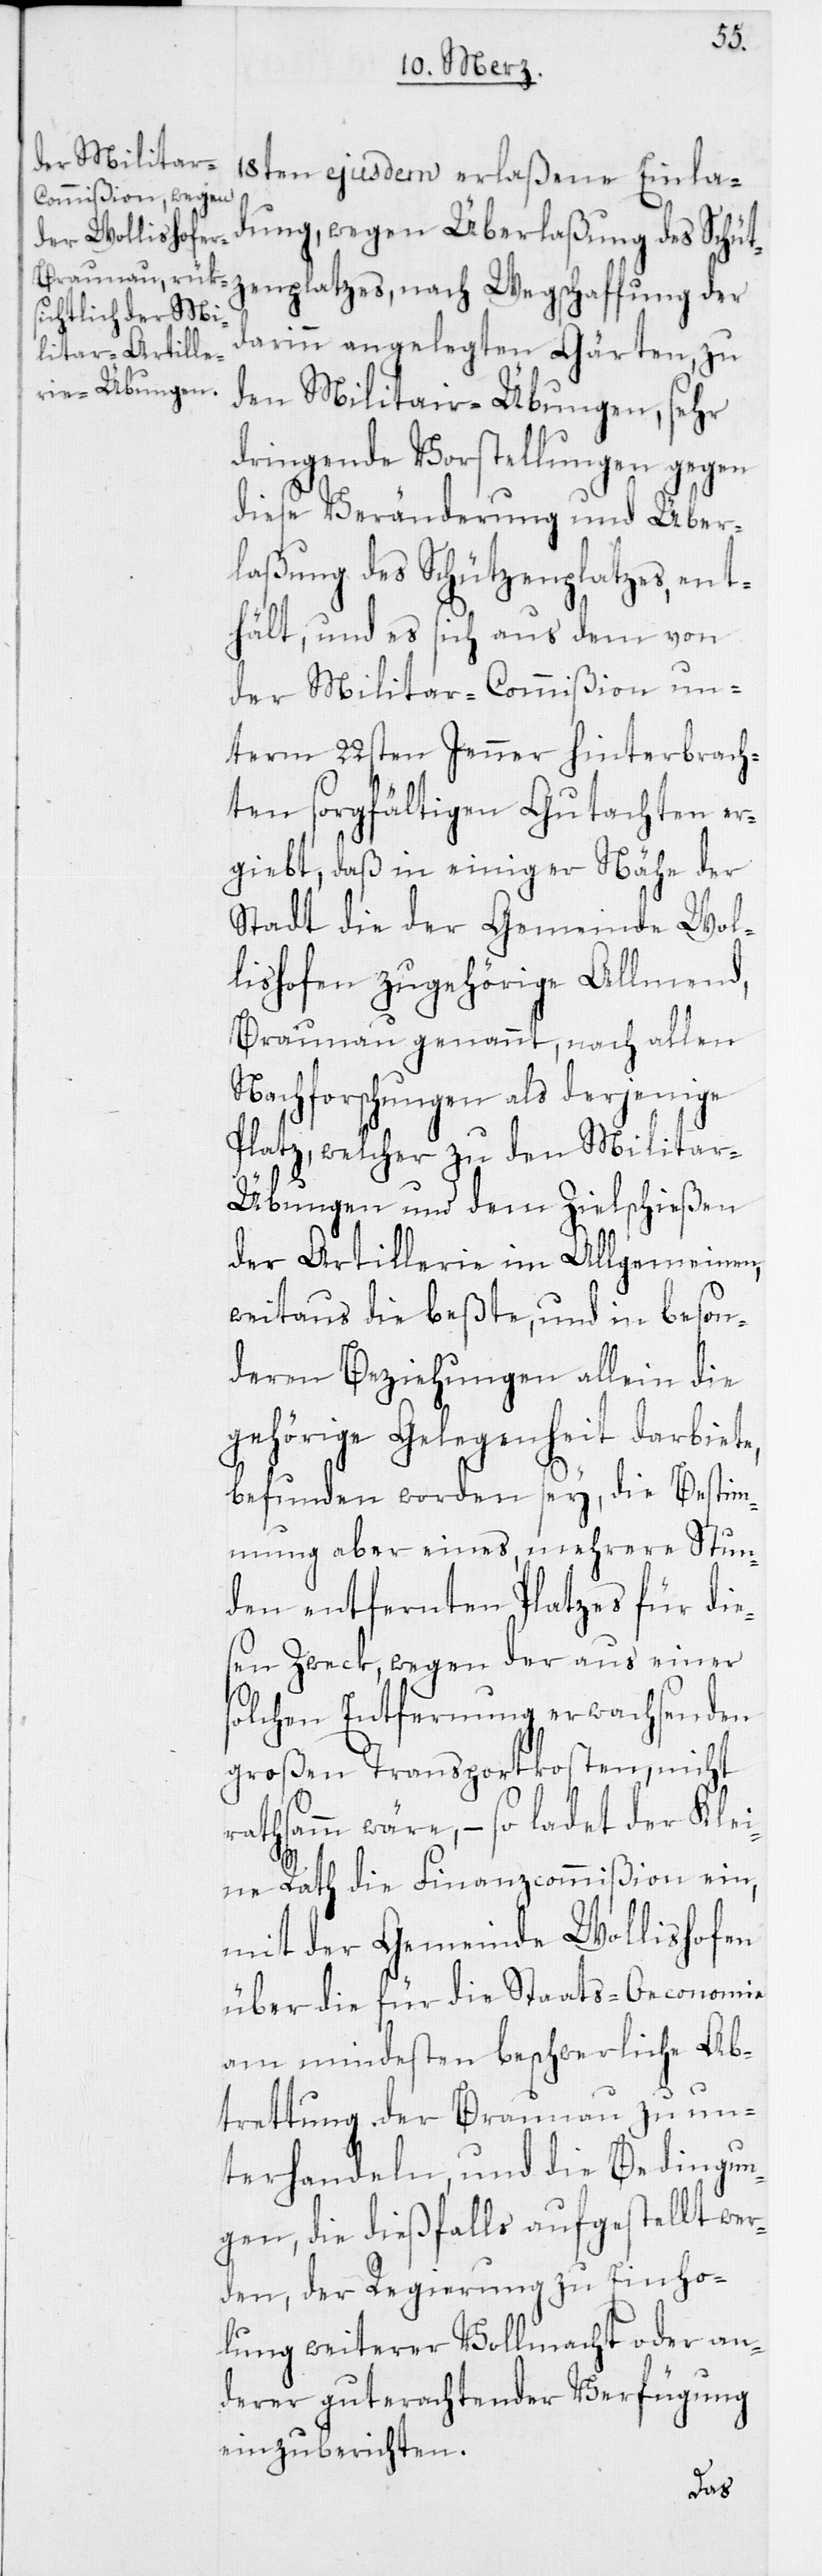
18ten ejusdem erlaßene Einla¬
dung, wegen Überlaßung des Schüt¬
zenplatzes, nach Wegschaffung der
darinn angelegten Gärten, zu
den Militair-Übungen, sehr
dringende Vorstellungen gegen
diese Veränderung und Über¬
laßung des Schützenplatzes, ent¬
hält, und es sich aus dem von
der Militar-Commißion un¬
term 22sten Jenner hinterbrach¬
ten sorgfältigen Gutachten er¬
giebt, daß in einiger Nähe der
Stadt die der Gemeinde Wol¬
lishofen zugehörige Allmend,
Braunau genannt, nach allen
Nachforschungen als derjenige
Platz, welcher zu den Militar-Ü¬
bungen und dem Zielschießen
der Artillerie im Allgemeinen,
weitaus die beßte, und in beson¬
deren Beziehungen allein die
gehörige Gelegenheit darbiete,
befunden worden sey, die Bestim¬
mung aber eines, mehrere Stun¬
den entfernten Platzes für die¬
sen Zweck, wegen der aus einer
solchen Entfernung erwachsenden
großen Transportkosten, nicht
rathsamm wäre, – so ladet der Klei¬
ne Rath die Finanzcommißion ein,
mit der Gemeinde Wollishofen
über die für die Staats-Oeconomie
am mindesten beschwerliche Ab¬
trettung der Braunau zu un¬
terhandeln, und die Bedingun¬
gen, die dießfalls aufgestellt we¬
rden, der Regierung zu Einho¬
lung weiterer Vollmacht oder an¬
derer gut erachtender Verfügung
einzuberichten.